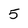
Character: 5